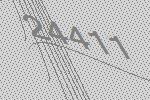
24411